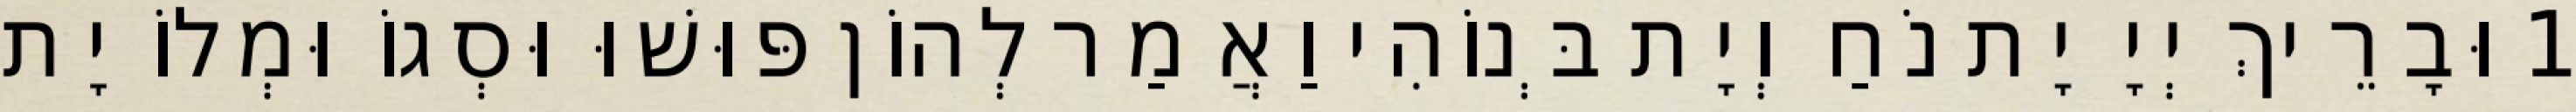
1 וּבָרֵיךְ יְיָ יָת נֹחַ וְיָת בְּנוֹהִי וַאֲמַר לְהוֹן פּוּשׁוּ וּסְגוֹ וּמְלוֹ יָת